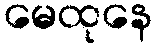
မေထုနေ